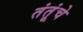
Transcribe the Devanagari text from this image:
तंतूंचे